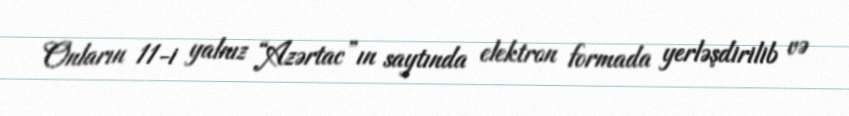
Onların 11-i yalnız “Azərtac”ın saytında elektron formada yerləşdirilib və